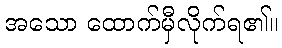
အသော ထောက်မှီလိုက်ရ၏။